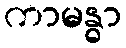
ကာမန္ဓာ